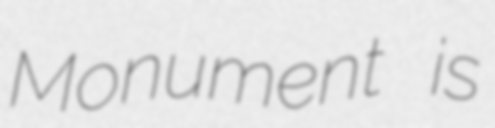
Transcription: Monument is